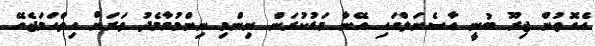
އެގޮތުން ޖިރޫ ބުނީ އާސެނަލްގައި އޭނާ މަޑުކުރަން ނިންމި ނިންމުމާމެދު ވަރަށް ހިތްހަމަޖެހޭ